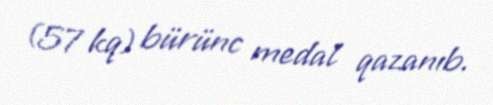
(57 kq) bürünc medal qazanıb.